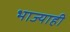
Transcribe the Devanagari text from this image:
भाज्याही